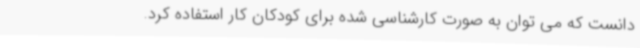
دانست که می توان به صورت کارشناسی شده برای کودکان کار استفاده کرد.